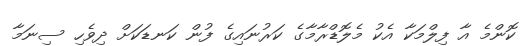
ކޮންމެ އާ ފިލްމަކާ އެކު މެލޮޑްރާމާގެ ކަރުނައިގެ ފުން ކަނޑަކަށް ދިވެހި ސިނަމާ